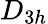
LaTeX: D_{3h}